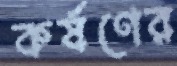
কর্ষণের